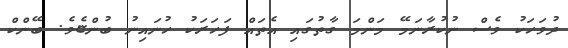
ދުވަހަކު ވެސް ނުކުރާނަމޭ މަންމަ ގާތުގައި އެތައް ފަހަރަކު ހުނައިނު ބުންޏެވެ. ބޭންކް